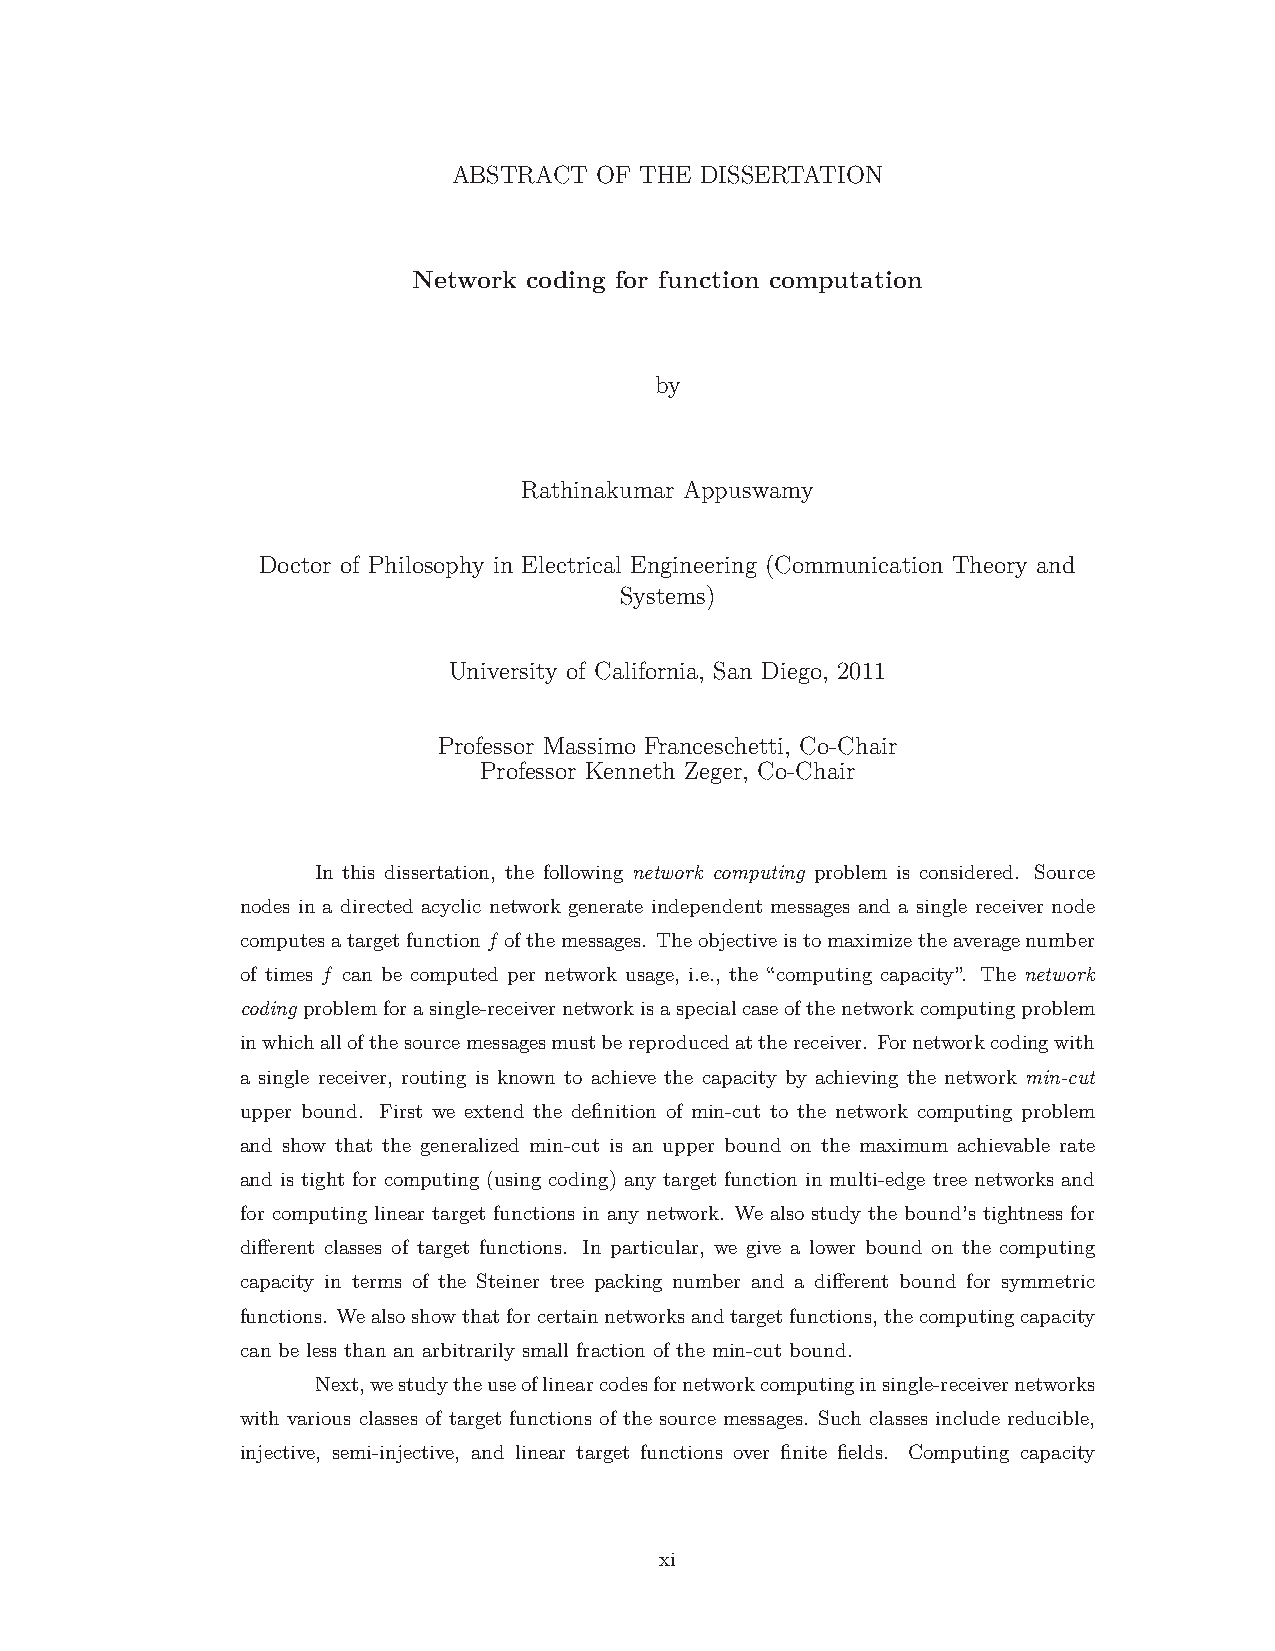
ABSTRACT  OF THE DISSERTATION
 Network coding for function computation
 by
 Rathinakumar Appuswamy
 Doctor of Philosophy in Electrical Engineering (Communication Theory and
 Systems)
 University of California, San Diego, 2011
 Professor Massimo Franceschetti, Co-Chair
 Professor Kenneth Zeger, Co-Chair
 In this dissertation, the following network computing problem is considered. Source
 nodes in a directed acyclic network generate independent messages and a single receiver node
 computesatargetfunctionf ofthemessages. Theobjectiveistomaximizetheaveragenumber
 of times f can be computed per network usage, i.e., the “computing capacity”. The network
 coding problemforasingle-receivernetworkisaspecialcaseofthenetworkcomputingproblem
 inwhichallofthesourcemessagesmustbereproducedatthereceiver. Fornetworkcodingwith
 a single receiver, routing is known to achieve the capacity by achieving the network min-cut
 upper bound. First we extend the definition of min-cut to the network computing problem
 and show that the generalized min-cut is an upper bound on the maximum achievable rate
 and is tight for computing (using coding) any target function in multi-edge tree networks and
 for computing linear target functions in any network. We also study the bound’s tightness for
 different classes of target functions. In particular, we give a lower bound on the computing
 capacity in terms of the Steiner tree packing number and a different bound for symmetric
 functions. Wealsoshowthatforcertainnetworksandtargetfunctions,thecomputingcapacity
 can be less than an arbitrarily small fraction of the min-cut bound.
 Next,westudytheuseoflinearcodesfornetworkcomputinginsingle-receivernetworks
 with various classes of target functions of the source messages. Such classes include reducible,
 injective, semi-injective, and linear target functions over finite fields. Computing capacity
 xi